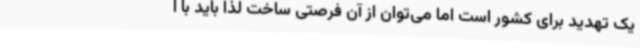
یک تهدید برای کشور است اما می‌توان از آن فرصتی ساخت لذا باید با ا